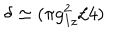
\delta \simeq ( \pi g _ { I z } ^ { 2 } / 4 )